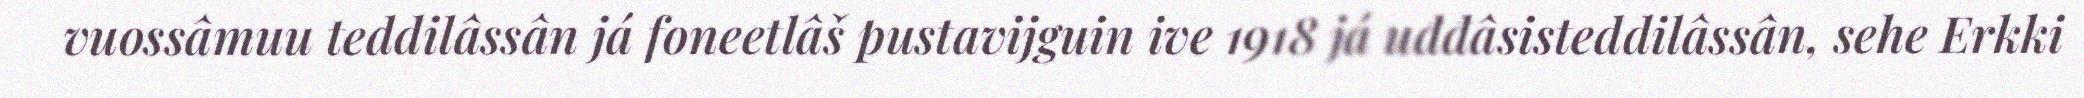
vuossâmuu teddilâssân já foneetlâš pustavijguin ive 1918 já uđđâsisteddilâssân, sehe Erkki